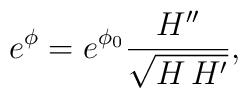
e^\phi = e^{\phi_0} \frac{H''}{\sqrt {H\,H'}},